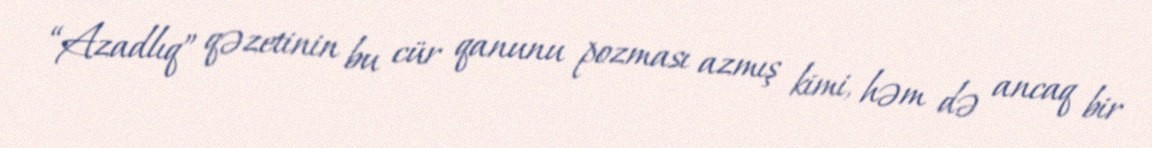
“Azadlıq” qəzetinin bu cür qanunu pozması azmış kimi, həm də ancaq bir